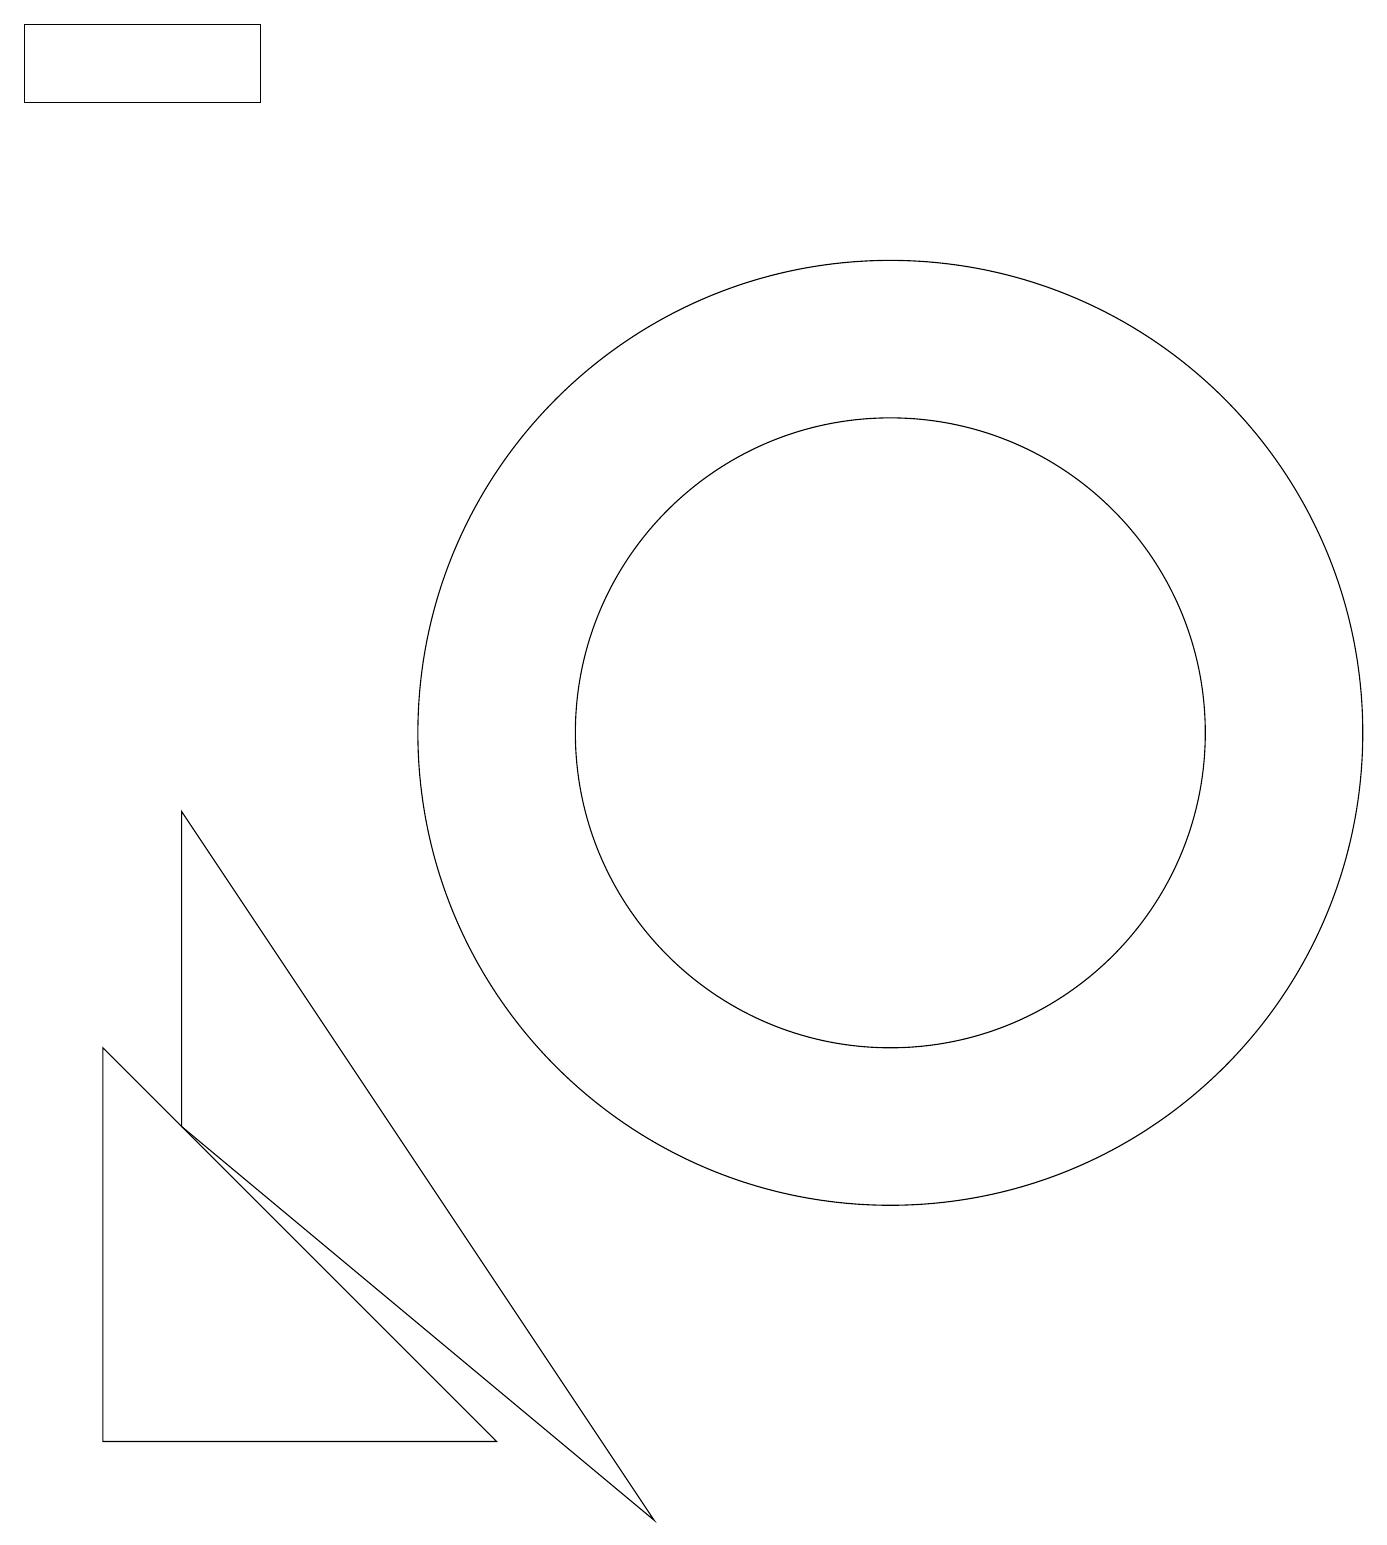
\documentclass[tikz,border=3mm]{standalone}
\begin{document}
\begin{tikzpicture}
\draw (1,1) -- (1,6) -- (6,1) -- cycle;
\draw (3,18) rectangle (0,19);
\draw (11,10) circle (4);
\draw (11,10) circle (6);
\draw (8,0) -- (2,5) -- (2,9) -- cycle;
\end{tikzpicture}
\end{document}